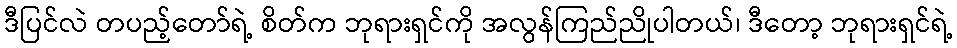
ဒီပြင်လဲ တပည့်တော်ရဲ့ စိတ်က ဘုရားရှင်ကို အလွန်ကြည်ညိုပါတယ်၊ ဒီတော့ ဘုရားရှင်ရဲ့